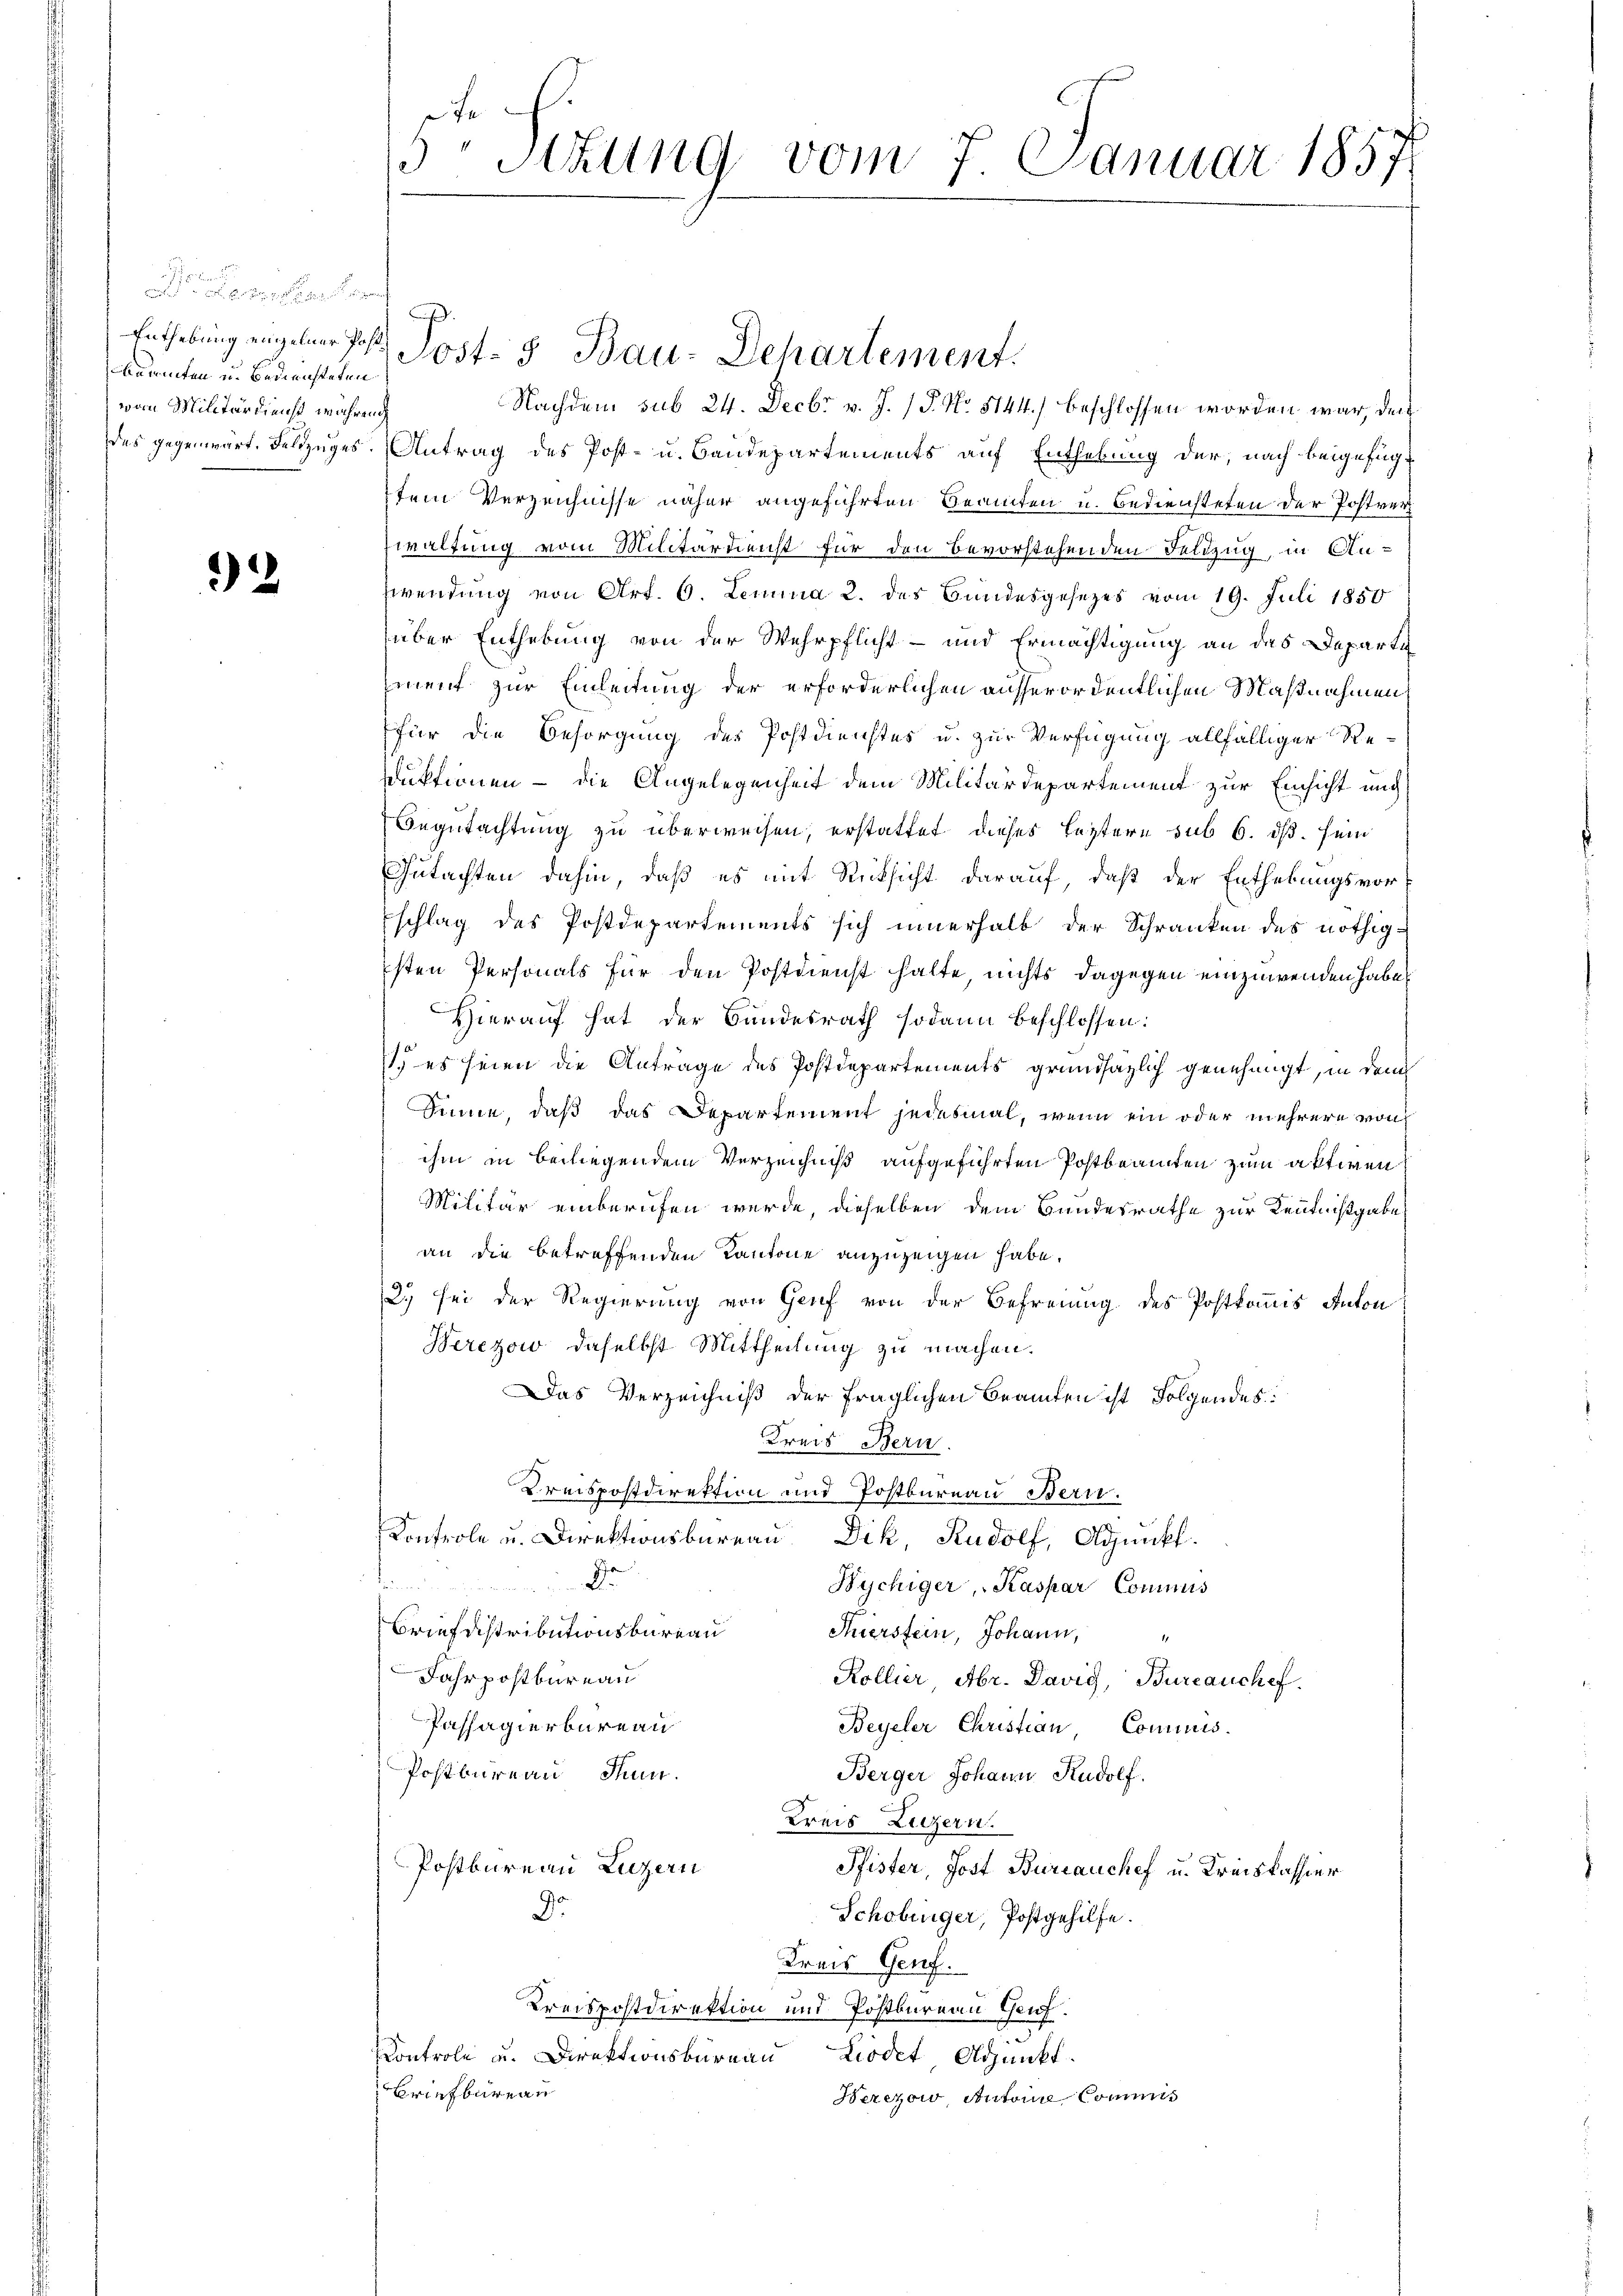
e
 e des
Aammten u. Bediensteten
von Militärdiensch während

92

Nachdem sub 24. Decbr v. J. P. No. 5144) beschlossen worden war, den
des gegenwärt. Feldzuges. Antrag des Post- u. Baudepartements auf Enthebung der, nach beigefügt
tem Verzeichnisse näher angeführten Beamten u. Bediensteten der Postver
waltung vom Militärdienst für den Bevorstehenden Feldzug, in Anwendung von Art. 6. Lemma 2. des Bundesgesezes vom 19. Juli 1850
über Enthebung von der Wehrpflicht - und Ermächtigung an das Departi
ment zur Einleitung der erforderlichen ausserordentlichen Maßnahmen
für die Besorgung des Postdienstes u. zur Verfügung allfälliger Re-
sduktionen – die Angelegenheit dem Militärdepartement zur Einsicht auch
Begutachtung zu überweisen, erstattet dieses leztere sub 6. ds. sein
Gutachten dahin, daß es mit Rücksicht darauf, daß der Enthebungsvorschlag des Postdepartements sich innerhalb der Schranken des nöthigsten Personals für den Postdienst halte, nichts dagegen einzuwenden habe.
Hierauf hat der Bundesrath sodann beschlossen:
 es seien die Anträge des Postdepartements grundsätzlich genehmigt, in dem
Sinne, daß das Departement jedesmal, wenn ein oder mehrere von
ihm in beiliegendem Verzeichniß aufgeführten Postbeamten zum aktiven
Militär einberufen werde, dieselben dem Bandesrathe zur Kenntnißgabe
an die betreffenden Kantone anzuzeigen habe.
2. sei der Regierung von Genf von der Befreiung des Postkommis Anton
Werezow daselbst Mittheilung zu machen.
Das Verzeichniß der fraglichen Beamten ist Folgendes:
Kreis Bern.
Kreispostdirektion und Postbureau Bern.
Konfrole u. Direktionsbüreau Dik, Rudolf, Adjunkt.
Dr
den
Wychiger, Kaspar Commis
Brief distributionsbüreau
Auerstein, Johann,
Jahrpostbureau
Kollier Abr. Davig, Bureauchef.
Passagierbureau
Beyeler Christian, Commis.
Postbureau, Thun.
Berger Johann Rudolf
Kreis Luzern.
Postbureau Luzern
Pfister, Jost Bureauchef u. Kreiskassier
D
Schobinger, Postgehilfe.
Kreis Genf.
Kreispostdirektion und Postbureau Genf.
Kontrole u. Direktionsbüreau Liedet Adjunkt
Briefbureau
Berezow, Antoire Commis

e
3Stzung vom 7. Januar 1857

Enthebung angelaufs Post- & Bau-Departement.